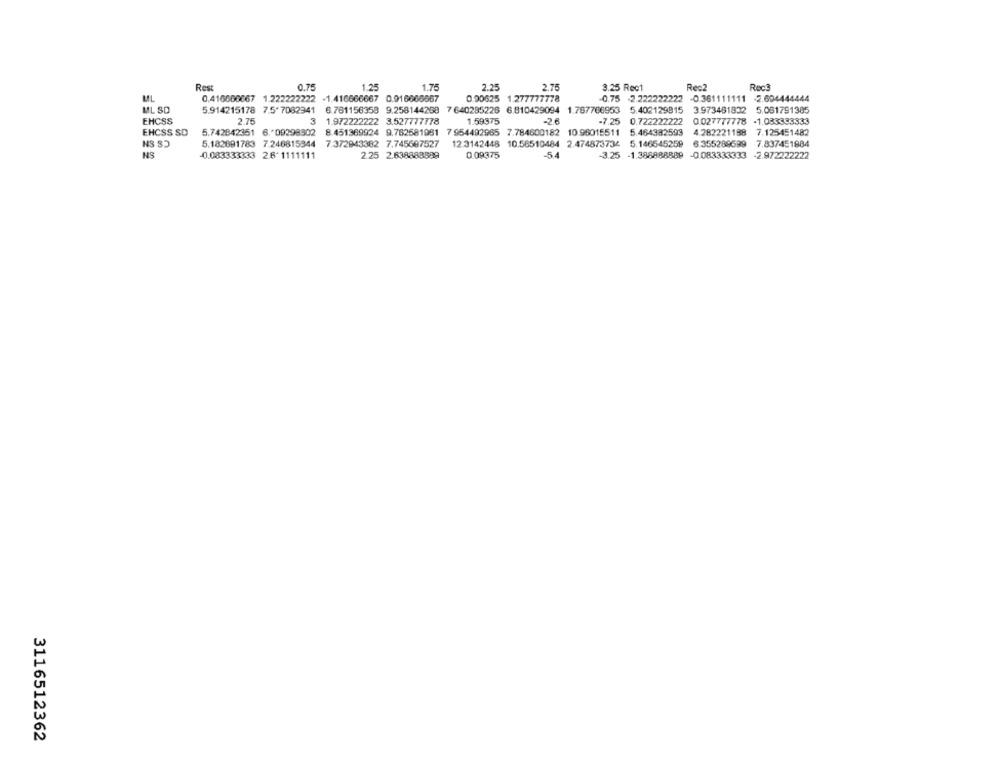
Rest
0.75
1.25
1.75
2.25
2.75
3.25 Rec1
Rec?
Rec3
ML
0.416660667 1.222222222 -1.416666667 0.016666667
0.90625 1.277777778
0.75 -2.222222222 -0.361111111 -2.694444444
ML SD
5.914215178 7.5' 7082941
6.761156358 9.258144258 7 640285226 6.810429094 1.787766953 5.402129915 3973481832 5.081791385
EHCSS
2.75
3
1.972222222 3.527777778
1.59375
2.6
-7.25
0.722222222
0.027777778 -1.033333333
EHCSS SD
5.742842351 6. 09298302
8.451369924 9.762581981 7 954492965 7.784600182
10 96015511
5.464382593
4.282221198
7.125451482
NS S)
5.182691783 7.246815344
7.372943382 7.745697527
12 -3142448 10.56510484 2.474873734 5.146545259
6.355289699
7.837451884
NS
-0.083333333 2.6' 1111111
2 25 2.638888889
0.09375
-5.4
3.25 -1.388888889
-0.083333333 -2.972222222
3116512362